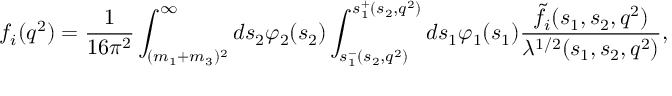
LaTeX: f _ { i } ( q ^ { 2 } ) = \frac 1 { 1 6 \pi ^ { 2 } } \int _ { ( m _ { 1 } + m _ { 3 } ) ^ { 2 } } ^ { \infty } d s _ { 2 } \varphi _ { 2 } ( s _ { 2 } ) \int _ { s _ { 1 } ^ { - } ( s _ { 2 } , q ^ { 2 } ) } ^ { s _ { 1 } ^ { + } ( s _ { 2 } , q ^ { 2 } ) } d s _ { 1 } \varphi _ { 1 } ( s _ { 1 } ) \frac { \tilde { f } _ { i } ( s _ { 1 } , s _ { 2 } , q ^ { 2 } ) } { \lambda ^ { 1 / 2 } ( s _ { 1 } , s _ { 2 } , q ^ { 2 } ) } ,